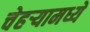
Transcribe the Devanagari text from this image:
चेहर्‍यामध्ये